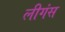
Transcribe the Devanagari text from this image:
लीगंस